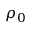
\rho _ { 0 }